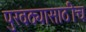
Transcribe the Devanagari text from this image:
पुरवठ्यासाठीच